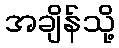
အချိန်သို့